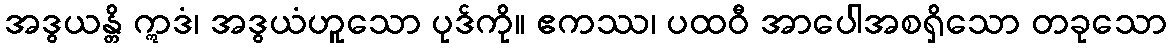
အဒွယန္တိ ဣဒံ၊ အဒွယံဟူသော ပုဒ်ကို။ ဧကဿ၊ ပထဝီ အာပေါအစရှိသော တခုသော